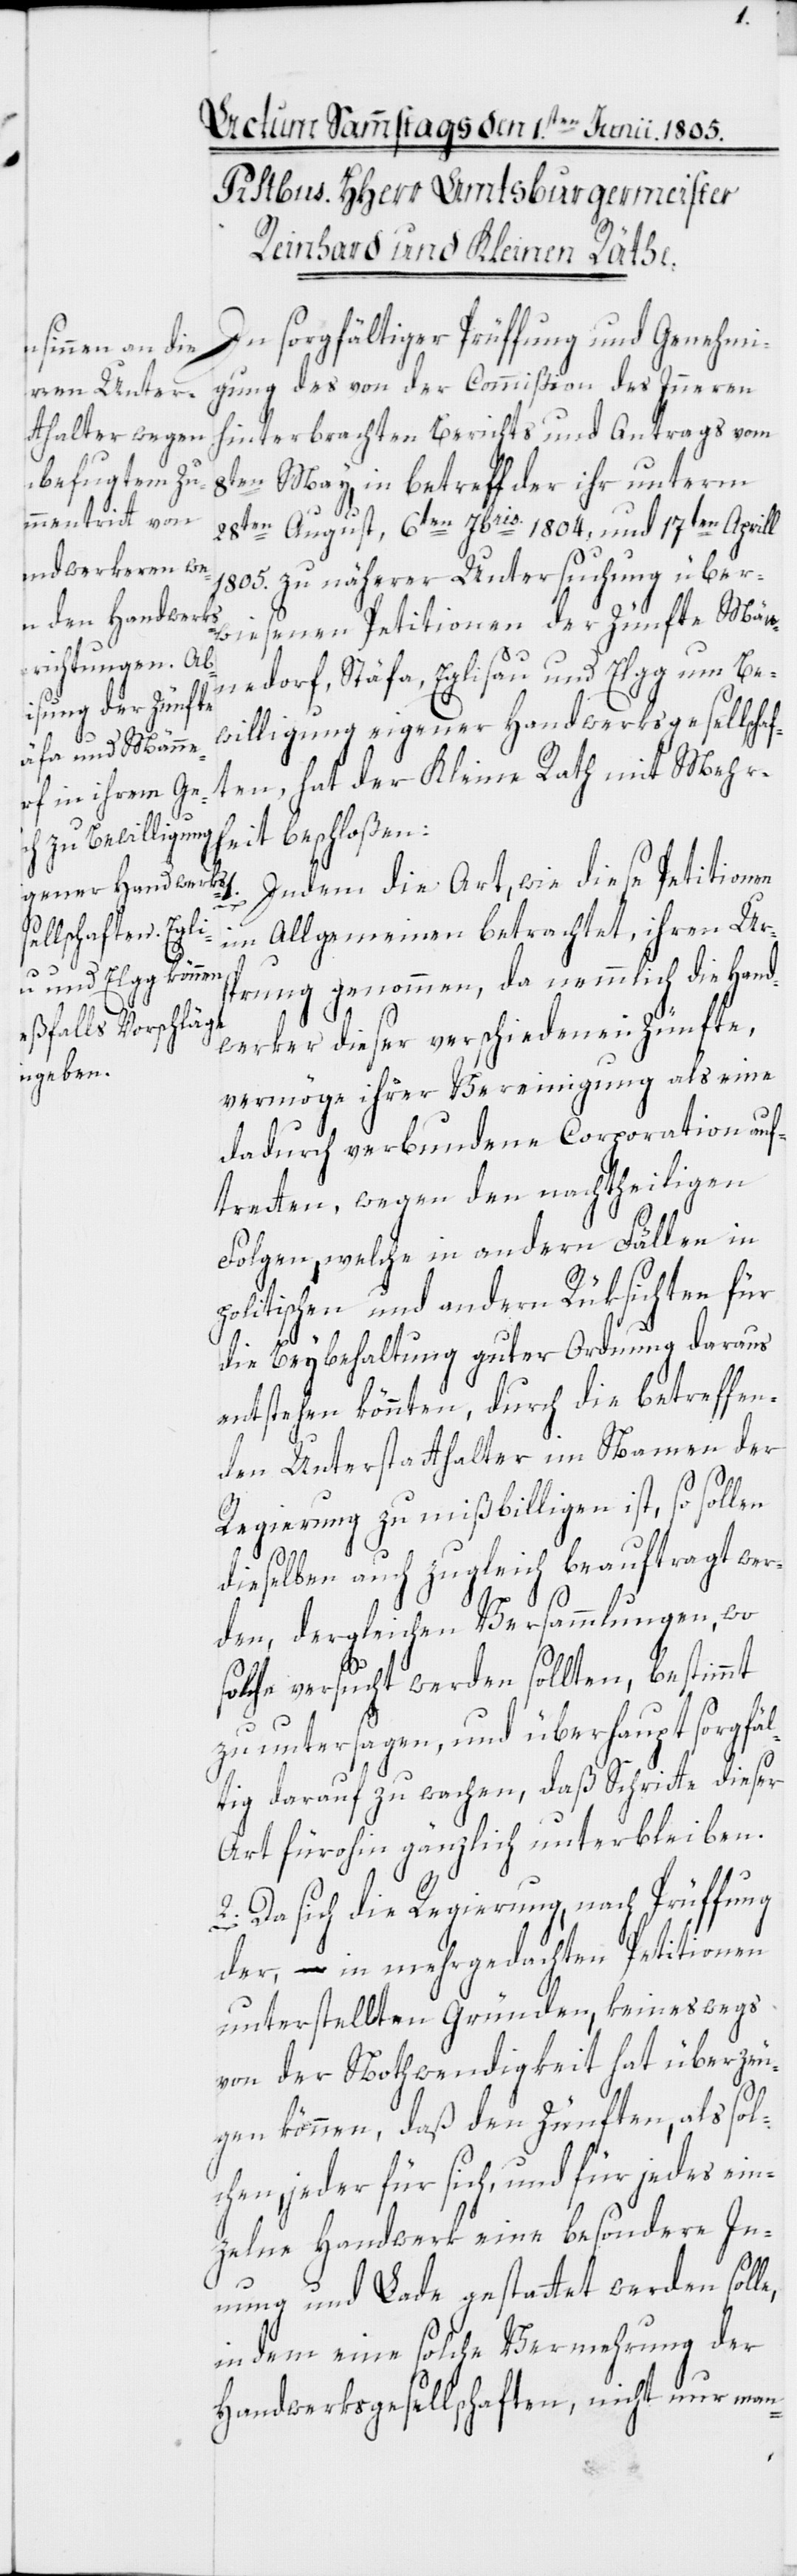
In sorgfältiger Prüffung und Genehmi¬
gung des von der Commißion des Inneren
hinterbrachten Berichts und Antrags vom
8ten May, in betreff der ihr unterm
1.
28ten August, 6ten Jbris. 1804, und 17ten Aprill
1805. zu näherer Untersuchung über¬
wiesenen Petitionen der Zünfte Män¬
nedorf, Stäfa, Eglisau und Elgg um Be¬
willigung eigener Handwerksgesellscha¬
ften, hat der Kleine Rath mit Mehr¬
heit beschloßen:
Indem die Art, wie diese Petitionen
im Allgemeinen betrachtet, ihren Urs¬
prung genommen, da nemmlich die Hand¬
werker dieser verschiedenen Zünfte,
vermöge ihrer Vereinigung als eine
dadurch verbundene Corporation auf¬
tretten, wegen den nachtheiligen
Folgen, welche in andern Fällen in
politischen und andern Rüksichten für
die Beybehaltung guter Ordnung daraus
entstehen könnten, durch die betreffen¬
den Unterstatthalter im Namen der
Regierung zu mißbilligen ist, so sollen
dieselben auch zugleich beauftragt wer¬
den, dergleichen Versammlungen, wo
solche versucht werden sollten, bestimmt
zu untersagen, und überhaupt sorgfäl¬
tig darauf zu wachen, daß Schritte dieser
Art fürohin gänzlich unterbleiben.
2. Da sich die Regierung, nach Prüffung
der, – in mehrgedachten Petitionen
unterstellten Gründen, keineswegs
von der Nothwendigkeit hat überzeu¬
gen können, daß den Zünften, als sol¬
chen, jeder für sich, und für jedes ein¬
zelne Handwerk eine besondere In¬
nung und Lade gestattet werden solle,
in dem eine solche Vermehrung der
Handwerksgesellschaften, nicht nur man-